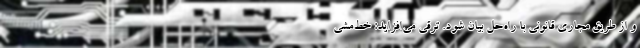
و از طریق مجاری قانونی با راه‌حل بیان شود. ترقی می‌افزاید: خط‌مشی